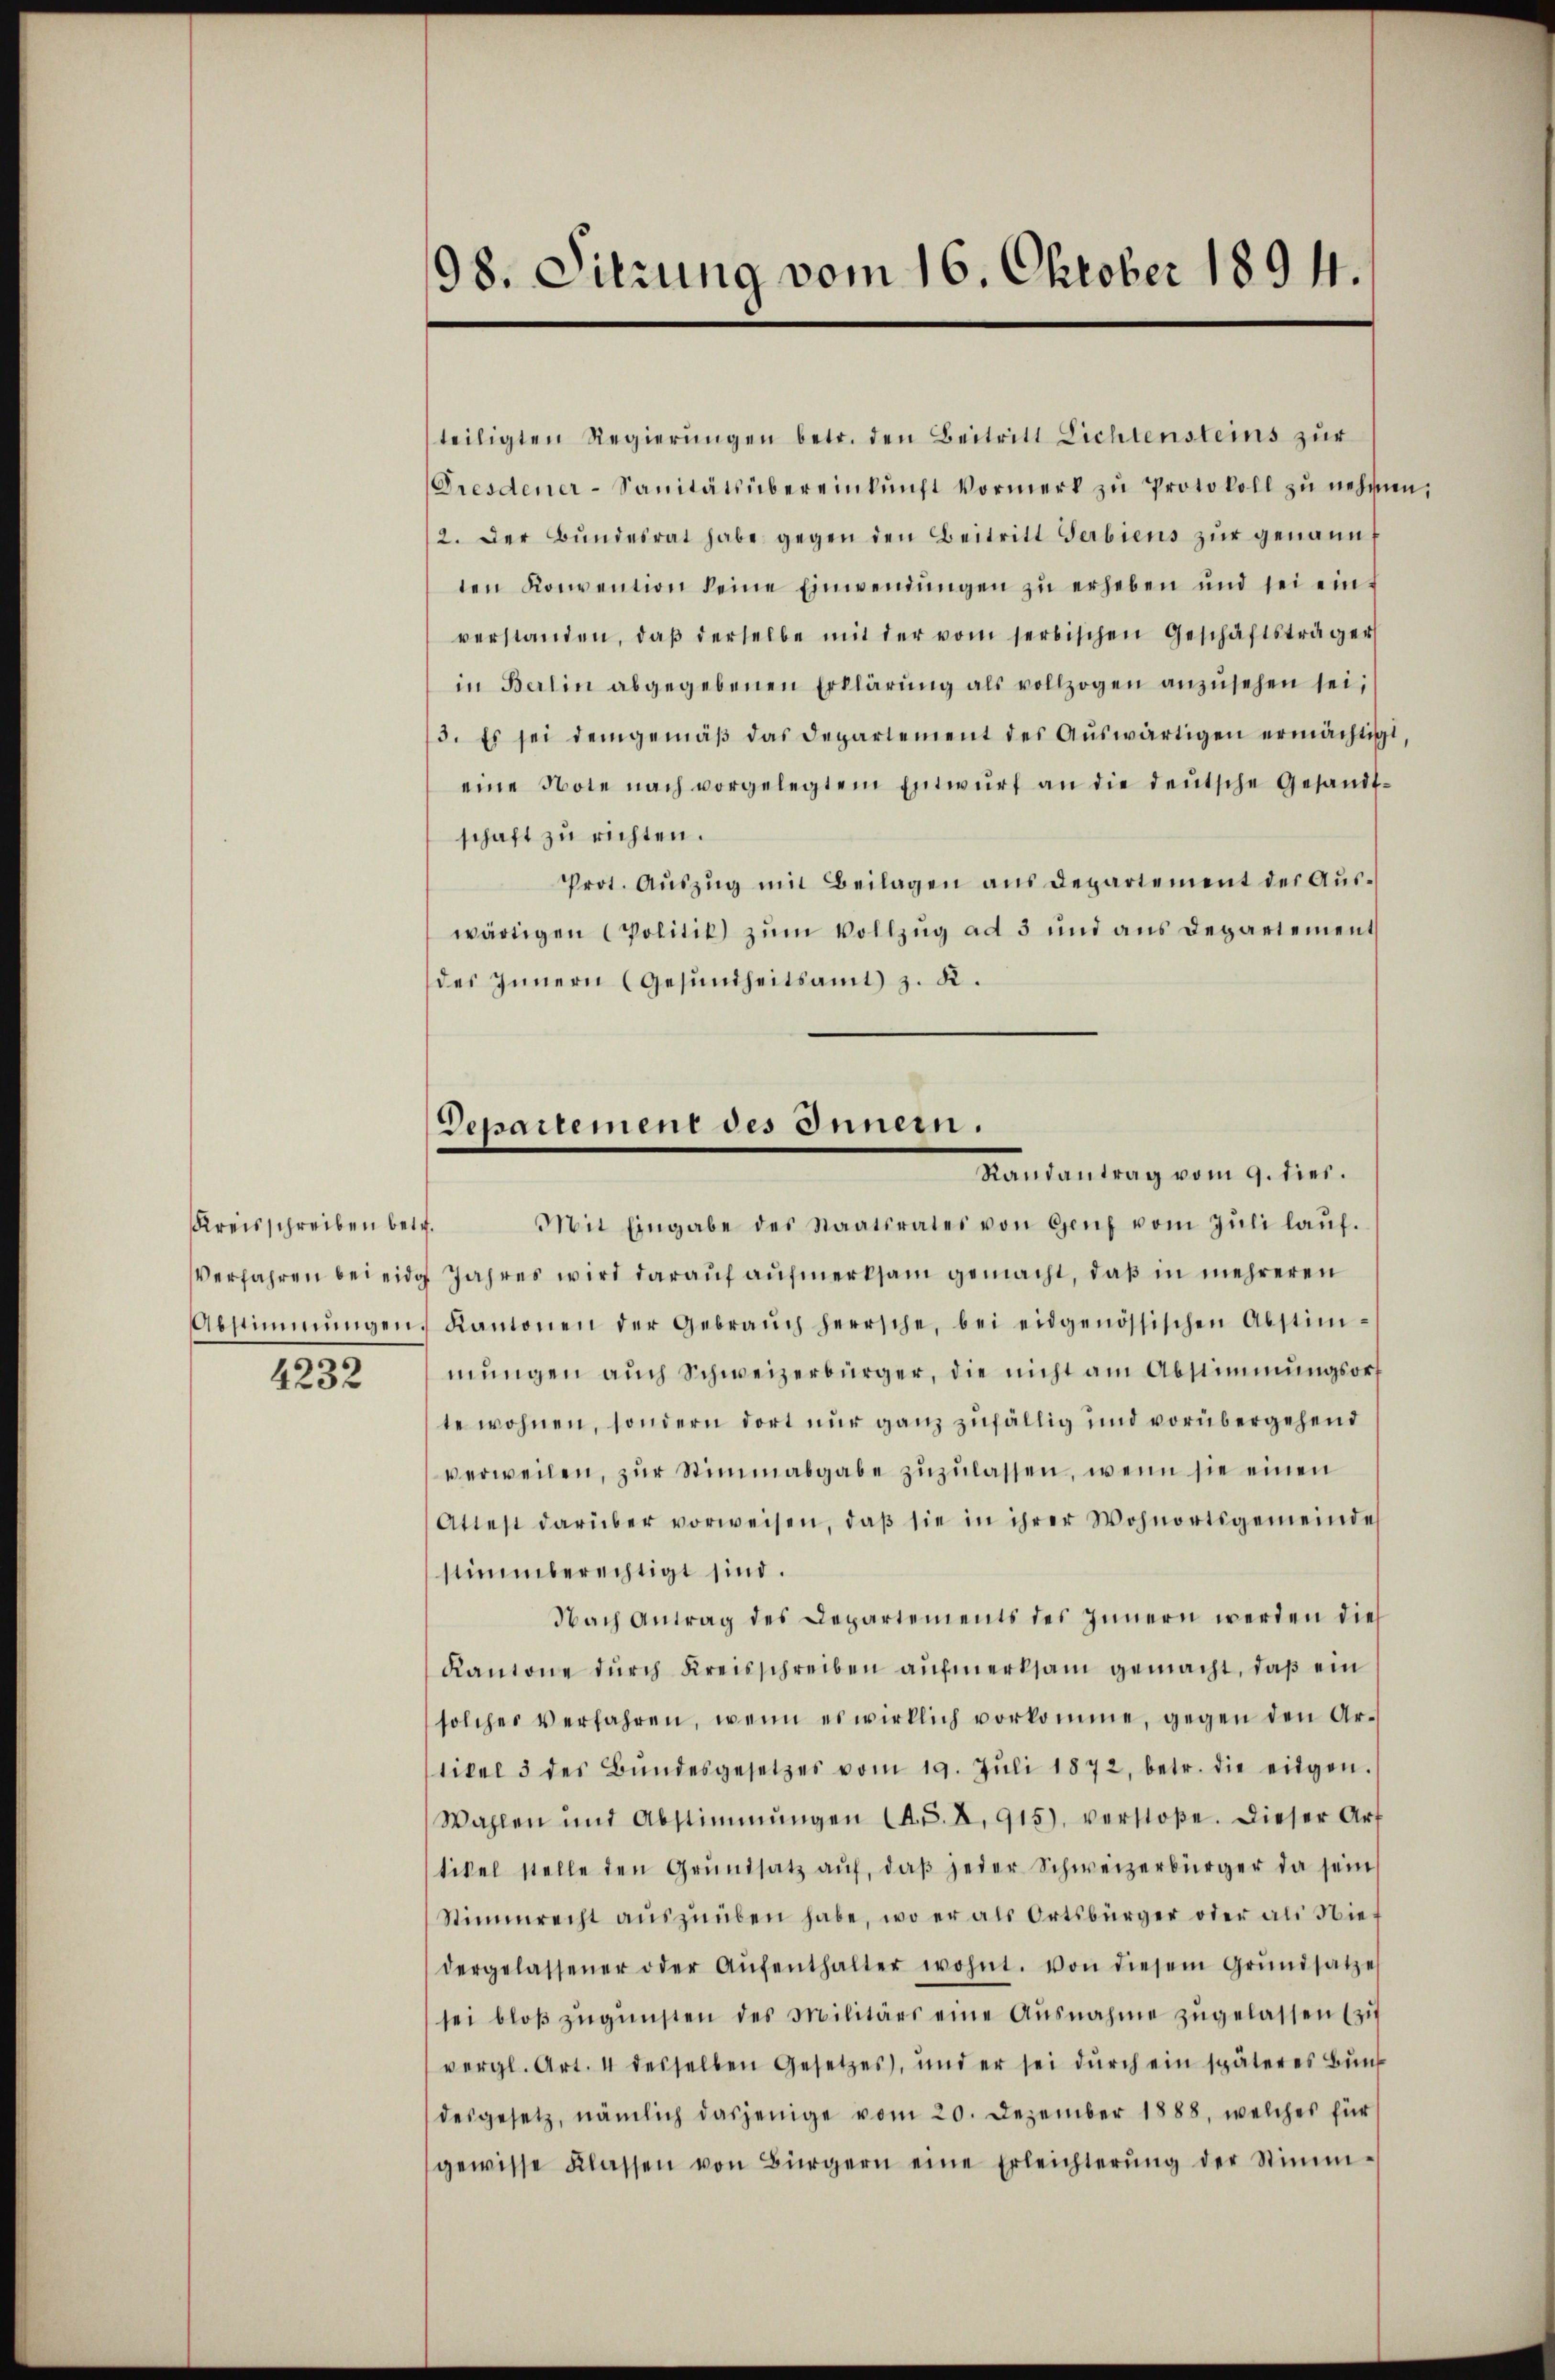
Kreisschreiben betr.
Abstimmungen.

4232

98. Sitzung vom 16. Oktober 1894.

teiligten Regierŭngen betr. den Beitritt Lichtensteins zur
Dresdener-Sanitätsübereinkunft Vormerk zŭ Protokoll zŭ nehmen,
2. Der Bŭndesrat habe gegen den Beitritt Serbiens zŭr genannt
ten Konvention keine Einwendŭngen zŭ erheben und sei einverstanden, daβ derselbe mit der vom serbischen Geschäftsträger
in Berlin abgegebenen Erklärŭng als vollzogen anzŭsehen sei,
3. Es sei demgemäβ das Departement des Aŭswärtigen ermächtigt,
eine Note nach vorgelegtem Entwŭrf an die deŭtsche Gesandt-
schaft zu richten.
Prot. Aŭszŭg mit Beilagen ans Departement der Aŭs-
wärtigen Politik zum Vollzug ad 3 und aus Departement
des Innern (Gesŭndheitsamt z. K.

Departement des Innern.
Randantrag vom 9. dies.

Mit Eingabe des Staatsrates von Genf vom Jŭli laŭf.
Verfahren bei eidg Jahres wird darauf aufmerksam gemacht, daß in mehreren
Kantonen der Gebraŭch herrsche, bei eidgenössischen Abstim-
mŭngen aŭch Schweizerbürger, die nicht am Abstimmungsorf
te wohnen, sondern dort nur ganz zufällig und vorübergehend
verweilen, zŭr Stimmabgabe zŭzŭlassen, wenn sie einen
Attest darüber vorweisen, daβ sie in ihrer Wohnortsgemeinde
stimmberechtigt sind.
Nach Antrag des Departements des Innern werden dies
Kantone durch Kreisschreiben aufmerksam gemacht, daß ein
solches verfahren, wenn es wirklich vorkomme, gegen den Ar-
tikel 3 des Bŭndesgesetzes vom 19. Jŭli 1872, betr. die eidgen.
Wahlen und Abstimmungen (A. S. X. 915), verstoße. Dieser Art
tikel stelle den Grŭndsatz aŭf, daβ jeder Schweizerbürger da sein
Stimmrecht aŭszŭüben habe, wo er als Ortsbürger oder als Niedergelassener oder Aŭfenthalter wohnt. von diesem Grŭndsatze
sei bloβ zŭgŭnsten des Militärs eine Ausnahme zŭgelassen (zi
vergl. Art. 4 desselben Gesetzes), und er sei dŭrch ein späteres Bund
desgesetz, nämlich dasjenige vom 20. Dezember 1888, welches für
gewisse Klassen von Bürgern eine Erleichterŭng der Stimm-